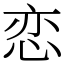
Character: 恋